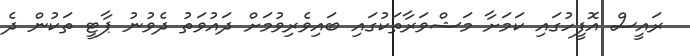
ރައީސް އޮފީހުގައި ކަމަށާ މަޝްވަރާތަކުގައި ބައިވެރިވުމަށް ދައުވަތު ދެވުނު ޕާޓީ ތަކުން ދެ